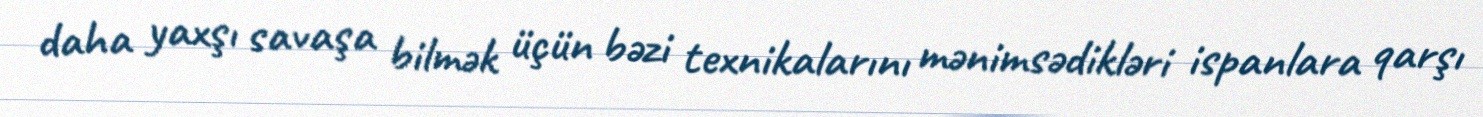
daha yaxşı savaşa bilmək üçün bəzi texnikalarını mənimsədikləri ispanlara qarşı